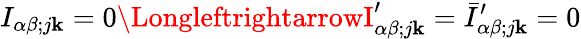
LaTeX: I_{\alpha\beta;j\mathbf{k}}=0\LongleftrightarrowI_{\alpha\beta;j\mathbf{k}}^{\prime}=\bar{{I}}_{\alpha\beta;j\mathbf{k}}^{\prime}=0